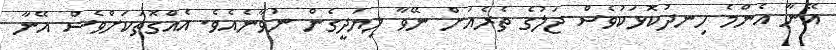
އޭނާ އެންމެ ހިނދުކޮޅަކުވެސް ޖަލުގެ ތެރެއަށް ނޭވާ ލިޔަދީގެން ނުވާނެއެވެ. އެއްގޮތަކަށްވެސް އޭނާ